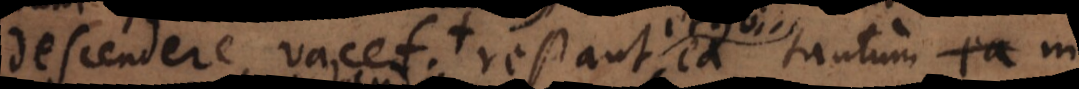
endere vacet, restant ea tantum in